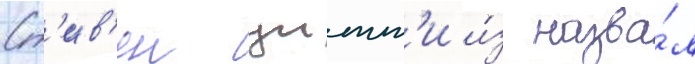
Ст'ив'ен уитт'и и́з назва́л